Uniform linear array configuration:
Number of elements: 4
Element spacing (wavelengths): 0.25
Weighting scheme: hamming
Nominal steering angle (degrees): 60
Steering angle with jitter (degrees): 61.45
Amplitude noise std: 0.05
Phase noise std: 0.05

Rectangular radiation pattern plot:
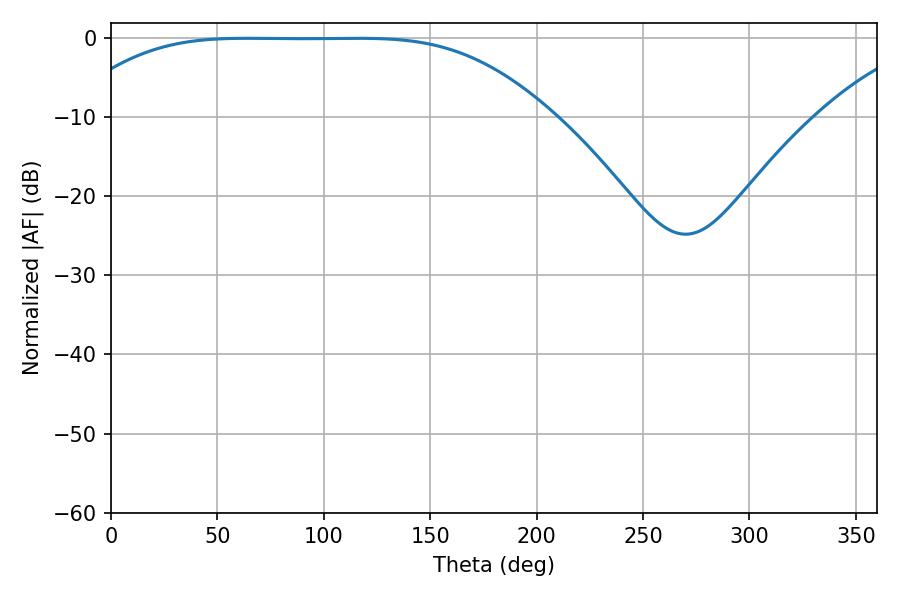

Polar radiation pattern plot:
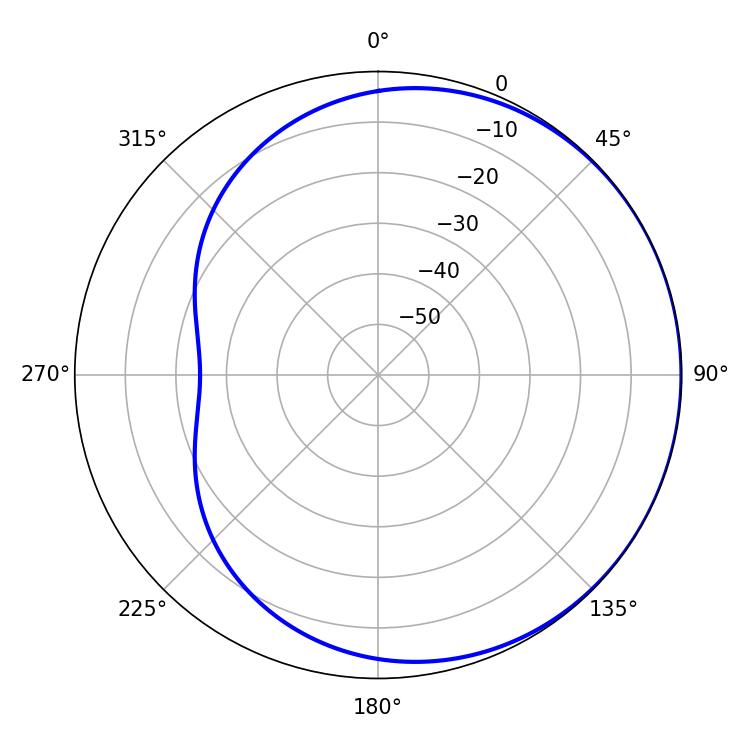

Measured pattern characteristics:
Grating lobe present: FALSE
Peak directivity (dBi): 0.4673
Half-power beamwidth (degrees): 168.12
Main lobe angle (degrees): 64.08